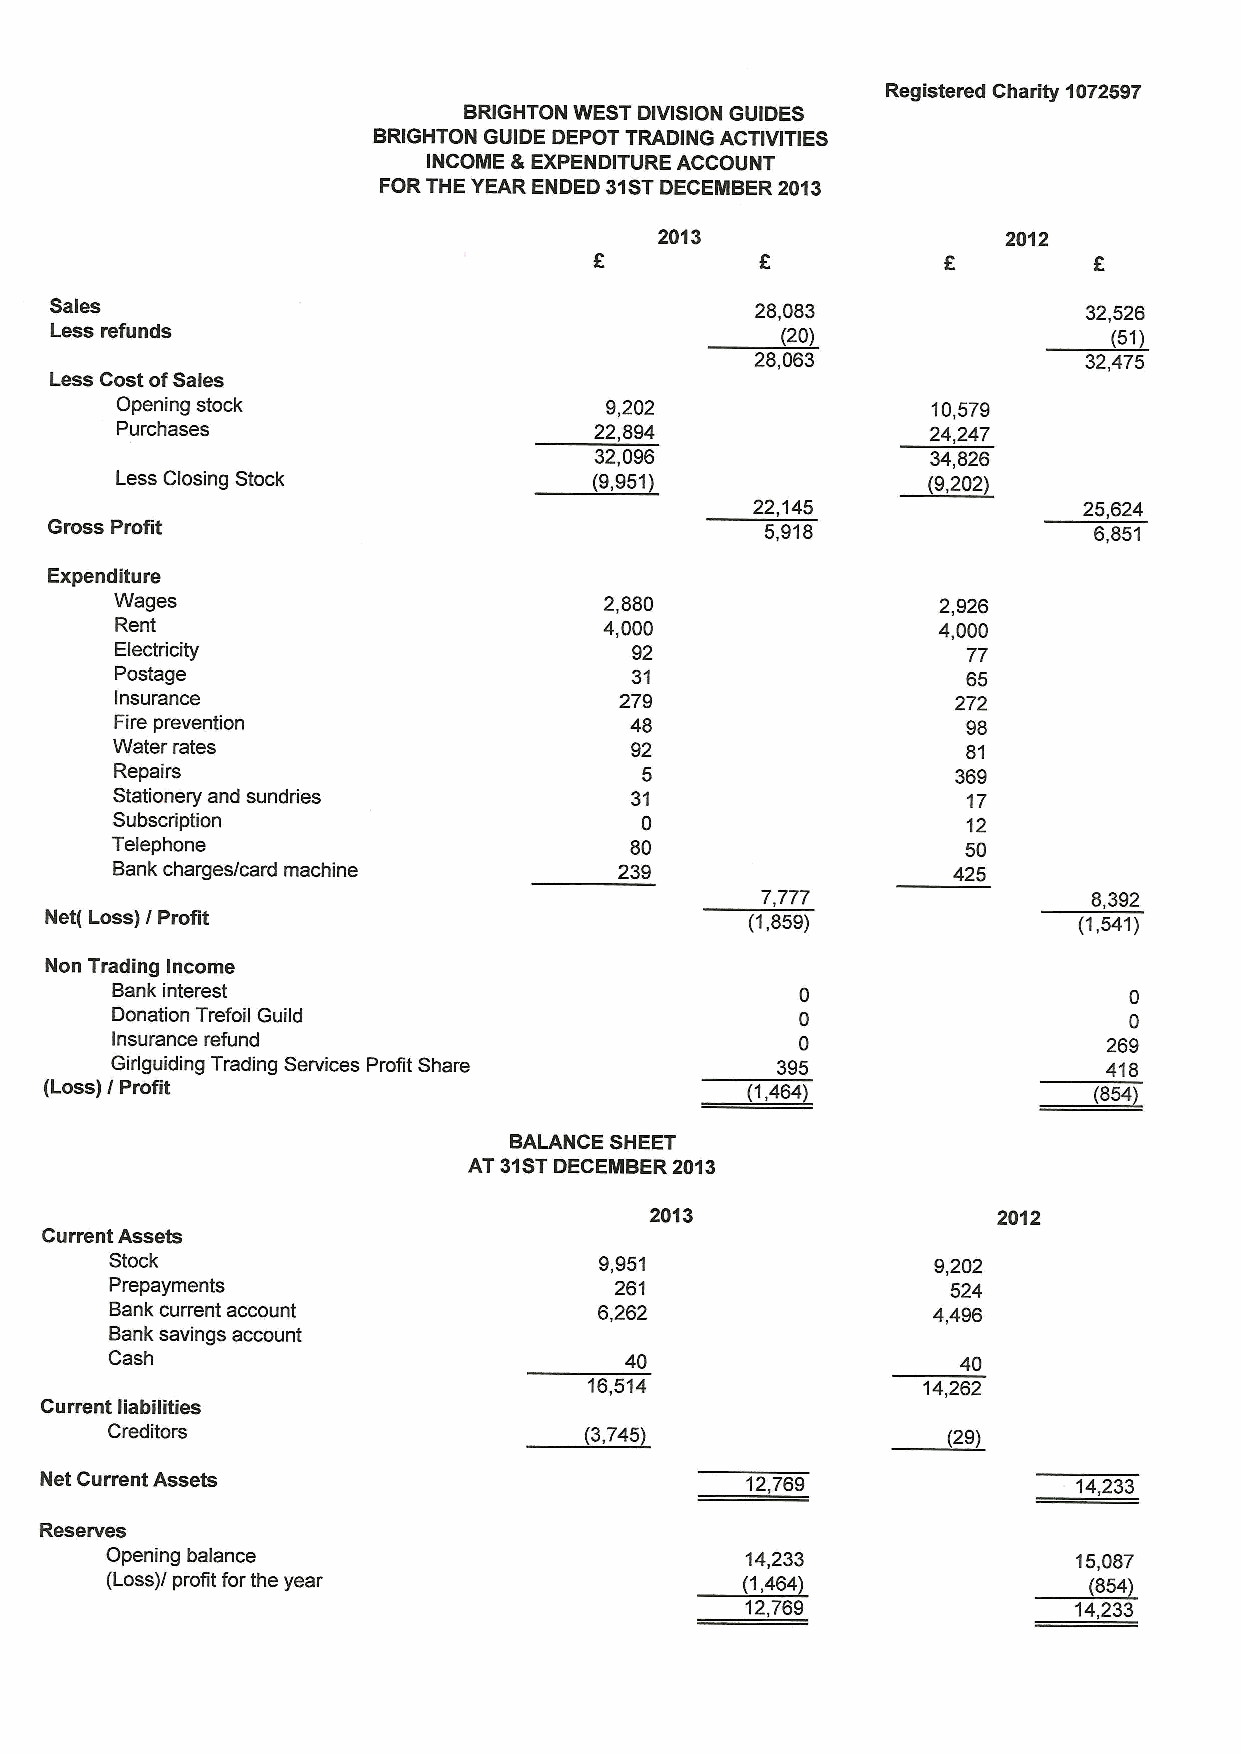
Registered Charity 1072597
 BRIGHTON WEST DIVISION GUIDES
 BRIGHTON GUIDE DEPOT TRADING ACTIVITIES
 INCOME 8 EXPENDITURE ACCOUNT
 FOR THE YEAR ENDED 31STDECEMBER2013
 2013                   2012
 Sales
 28,083                32,526
 Less refunds
 (20)                  (51)
 28,063                32,475
 Less Cost ofSales
 Opening stock                   9,202                 10,579
 Purchases                      22,894                 24,247
 32,096                 34,826
 Less Closing Stock             (9,951)               (9,202)
 22,145                25,624
 Gross Profit                                    5,918                6,851
 Expenditure
 Wages                           2,880                 2,926
 Rent                            4,000                 4,000
 Electricity                       92                    77
 Postage                           31                    65
 Insurance                        279                   272
 Fire prevention                   48                    98
 Water rates                        92                    81
 Repairs                           5                    369
 Stationery and sundries            31                    17
 Subscription                       0                     12
 Telephone                          80                    50
 Bank charges/card machine         239                   425
 7,777                 8,392
 Net( Loss) / Profit                            (1,859)              (1,541)
 Non Trading Income
 Bank interest                                 0                     0
 Donation Trefoil Guild                        0                     0
 Insurance refund                              0                   269
 Girlguiding Trading Services Profit Share   395                   418
 (Loss) / Profit                                1,464)                (854)
 BALANCE SHEET
 AT 31STDECEMBER 2013
 2013                   2012
 Current Assets
 Stock                            9,951                 9,202
 Prepayments                       261                   524
 Bank current account             6,262                 4,496
 Bank savings account
 Cash                              40                    40
 16,514                14,262
 Current liabilities
 Creditors                       (3,745)                 (29)
 Net Current Assets                            12,769                14,233
 Reserves
 Opening balance                           14,233                15,087
 (Loss)/ profit for the year               (1,464)                (854)
 12,769                14,233